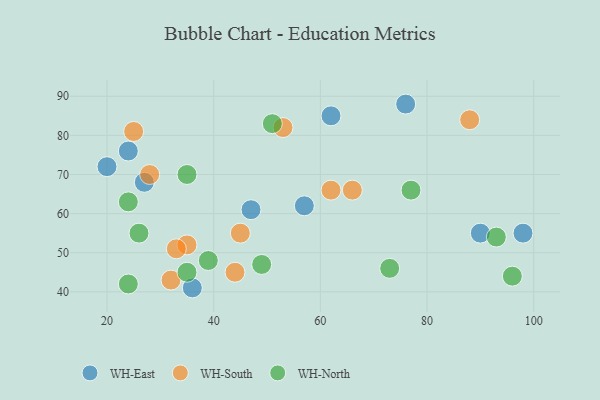
{"axis": {"x": "GDP", "y": "Life Expectancy"}, "legend": ["WH-East", "WH-North", "WH-South"], "data": [{"x": "24", "y": 76, "type": "WH-East"}, {"x": "90", "y": 55, "type": "WH-East"}, {"x": "57", "y": 62, "type": "WH-East"}, {"x": "62", "y": 85, "type": "WH-East"}, {"x": "36", "y": 41, "type": "WH-East"}, {"x": "27", "y": 68, "type": "WH-East"}, {"x": "98", "y": 55, "type": "WH-East"}, {"x": "47", "y": 61, "type": "WH-East"}, {"x": "20", "y": 72, "type": "WH-East"}, {"x": "76", "y": 88, "type": "WH-East"}, {"x": "53", "y": 82, "type": "WH-South"}, {"x": "25", "y": 81, "type": "WH-South"}, {"x": "66", "y": 66, "type": "WH-South"}, {"x": "28", "y": 70, "type": "WH-South"}, {"x": "35", "y": 52, "type": "WH-South"}, {"x": "45", "y": 55, "type": "WH-South"}, {"x": "33", "y": 51, "type": "WH-South"}, {"x": "32", "y": 43, "type": "WH-South"}, {"x": "44", "y": 45, "type": "WH-South"}, {"x": "62", "y": 66, "type": "WH-South"}, {"x": "88", "y": 84, "type": "WH-South"}, {"x": "35", "y": 70, "type": "WH-North"}, {"x": "73", "y": 46, "type": "WH-North"}, {"x": "24", "y": 63, "type": "WH-North"}, {"x": "24", "y": 42, "type": "WH-North"}, {"x": "77", "y": 66, "type": "WH-North"}, {"x": "93", "y": 54, "type": "WH-North"}, {"x": "26", "y": 55, "type": "WH-North"}, {"x": "51", "y": 83, "type": "WH-North"}, {"x": "96", "y": 44, "type": "WH-North"}, {"x": "35", "y": 45, "type": "WH-North"}, {"x": "49", "y": 47, "type": "WH-North"}, {"x": "39", "y": 48, "type": "WH-North"}]}